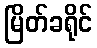
မြိတ်ခရိုင်